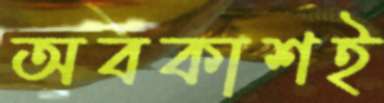
অবকাশই